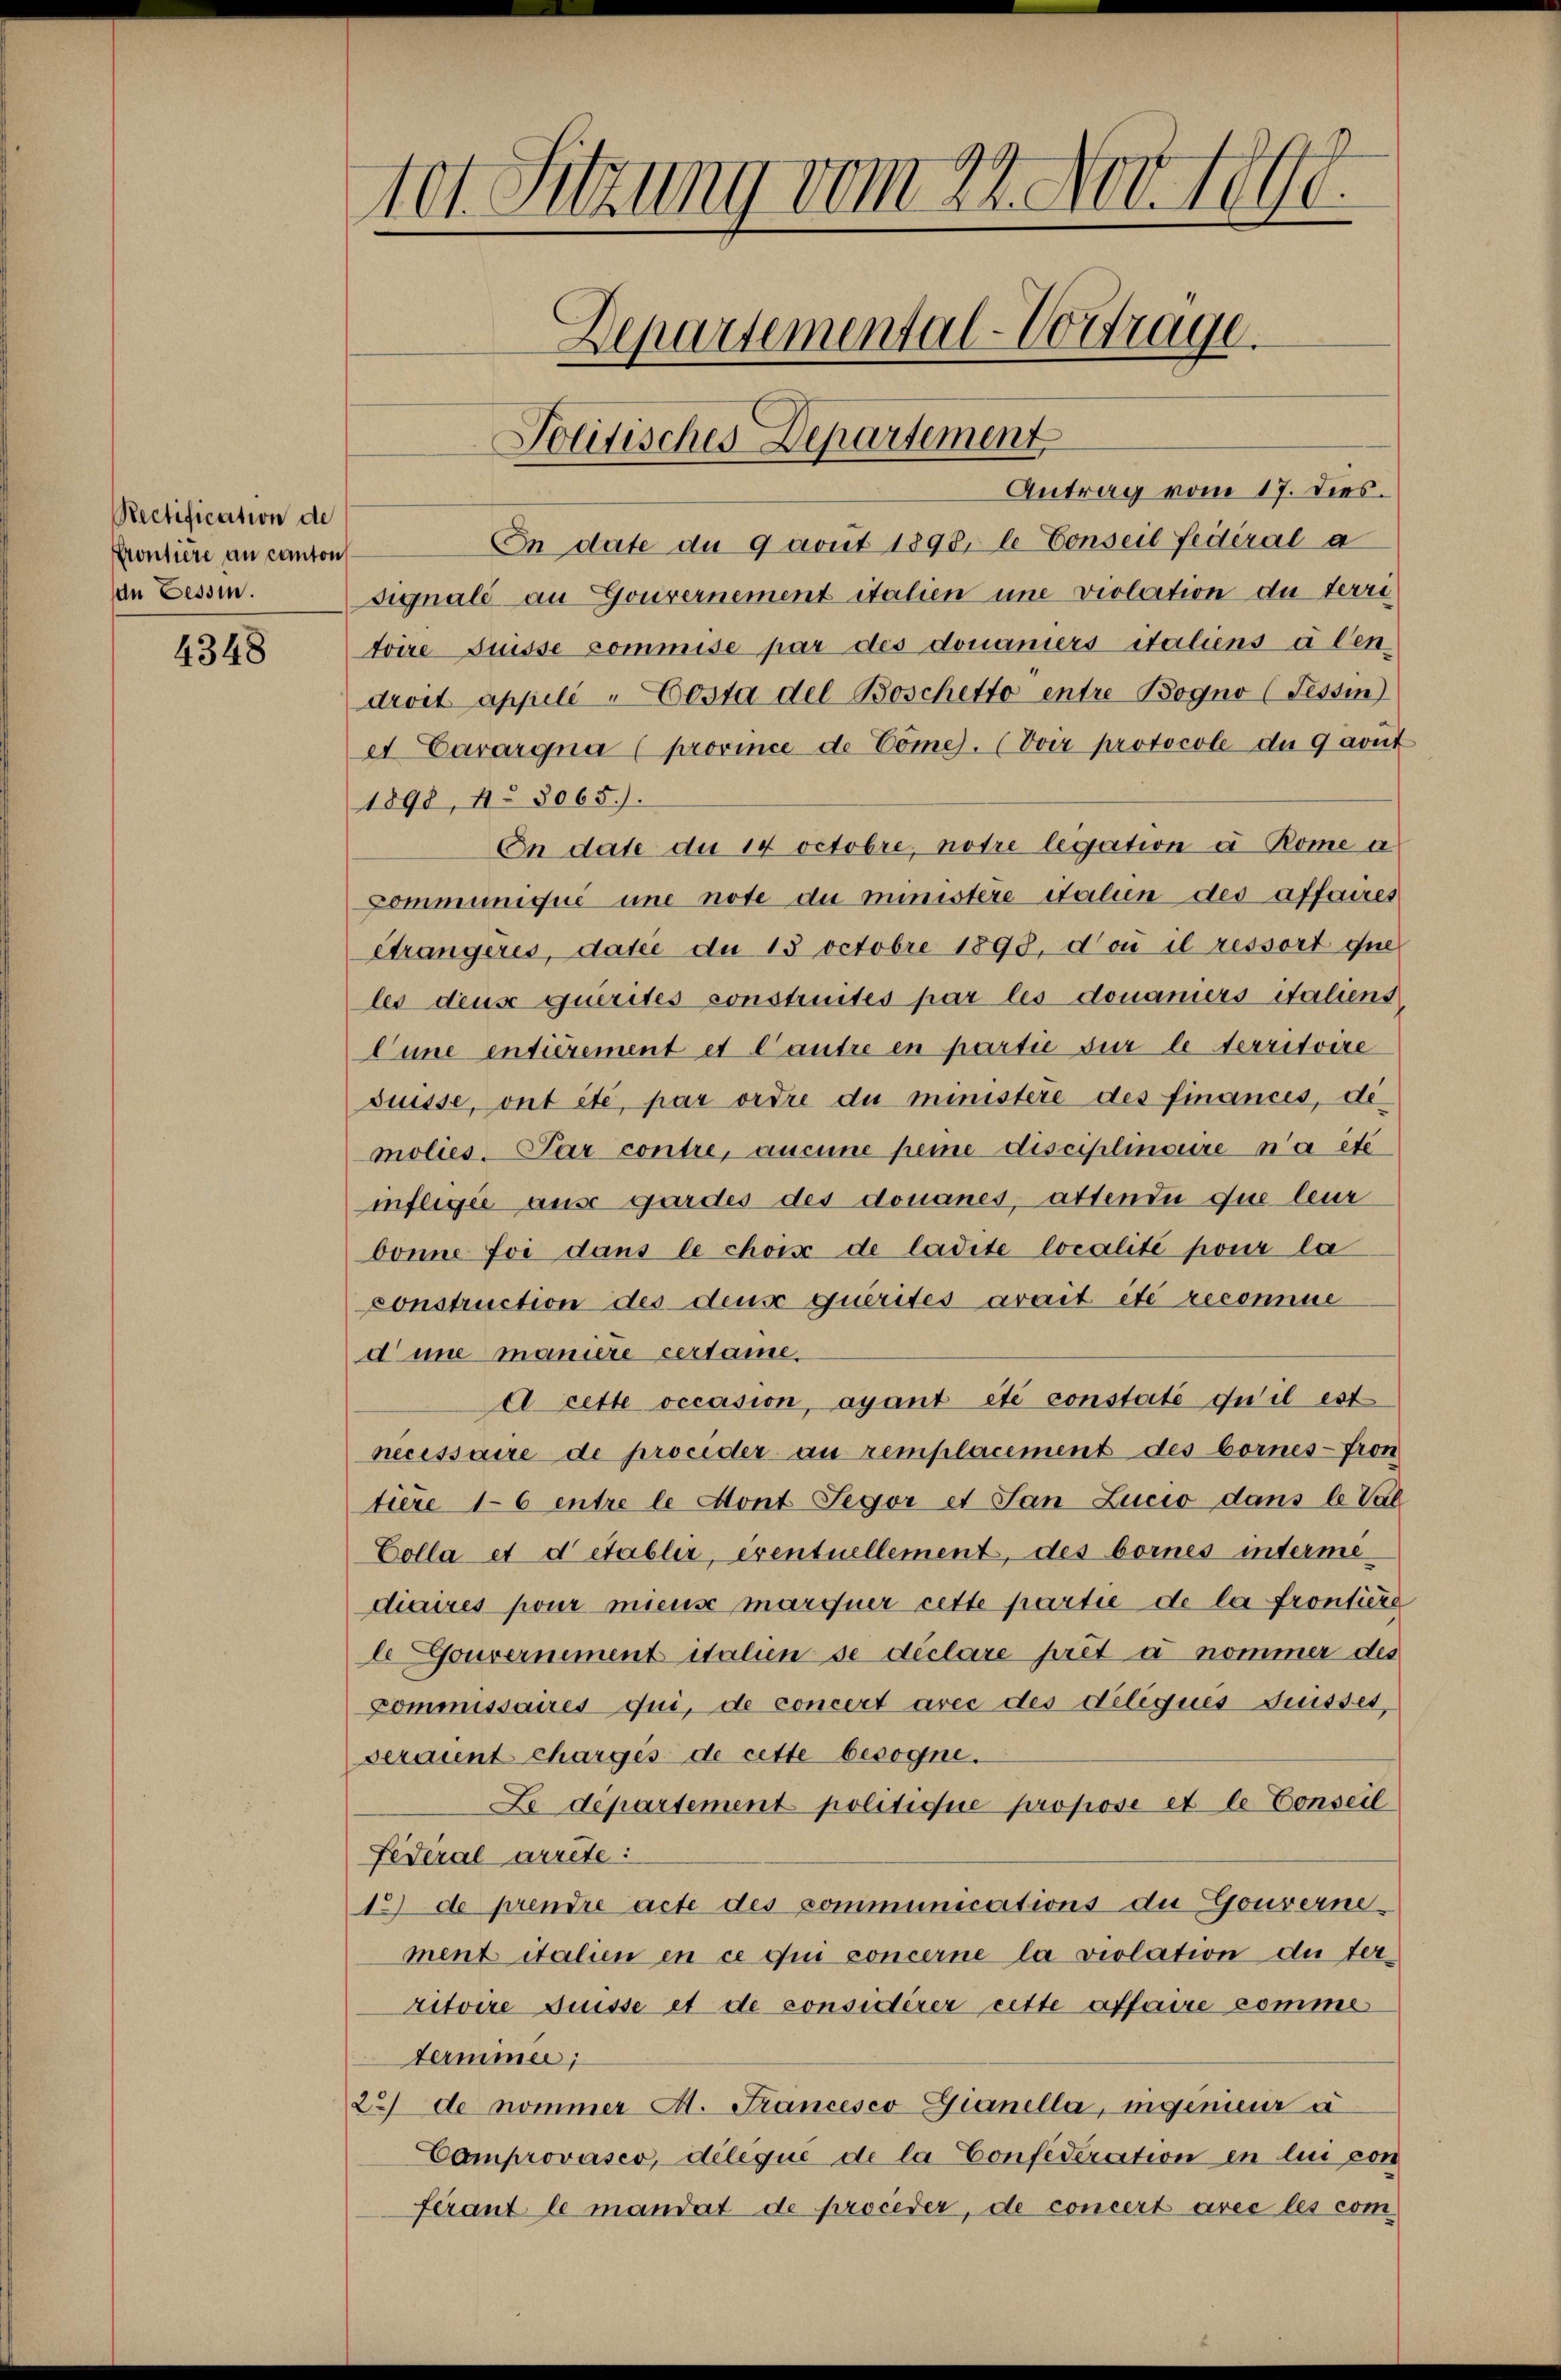
Rectification de
Contiere an Canton
dn Tessin.

4348

tot. Sitzung vom 21. Nov. 1890.
Departemental-Vortrage.
Politisches Departement

Antrag vom 17. dies.
In date du 9 avit 1898, le Conseil fédéral a
signale an Gouvernement italien une violation du terri
toire puisse commise par des donaniers italiens a len
droit appelé-Costa del Boschetto entre Bogno (Tessin
et Carargna (province de Come. (Voir protocole du 9 avut
1898, 4. 8065).
On date du 14 octobre, notre legation à Rome a
Communiqué une note du ministere italien des affaires
Strangeres, datie du 13 Octobre 1898, do il ressort que
les deus querites construités par les donamiers italient
Eine entièrement et Cautre en partie sur le territoire
Suisse, ont été, par ordre du ministere des finances, dimolies-Par contre, aucune peine disciplinoire n’a etc
infligée ause gardes des donanes, attendii due leur
bonne foi dans le choix de ladite localité pour la
construction des deus querites avait été recomme
d une maniere certame
d cette occasion, ayant été constaté du il est
necessaire de proceder au remplacement des bornes-fron
tiere 16 entre le dont Segor et San Lucio dans le Val
Colla et detablir, eventuellement, des bornes intermidiaires pour mieuse marquer cette partie de la frontiere
l Gouvernement italien se déclare prét à nommer des
Commissaires qui, de concert avec des deliques Frisses,
seraient chargés de cette besogne.
Le département politique propose et le Conseil
Federal arrete:
1.) de prendre acte des communications de Gouvernement italien en ce qui concerne la violation du territoire puisse et de considérer ritte affaire comme
terminée;
22) de nommer A. Francesco Gianella, ingenieur à
Comprovasco, delique de la Confideration en lin von
ferant le mandat de proceder, de concert avec les com¬